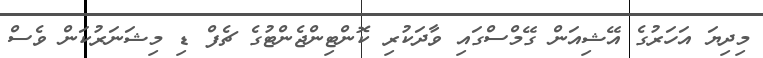
މިދިޔަ އަހަރުގެ އޭޝިއަން ގޭމްސްގައި ވާދަކުރި ކޮންޓިންޖެންޓުގެ ޗެފް ޑި މިޝަނަރުކަން ވެސް